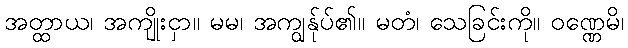
အတ္ထာယ၊ အကျိုးငှာ။ မမ၊ အကျွန်ုပ်၏။ မတံ၊ သေခြင်းကို။ ဝဏ္ဏေမိ၊